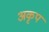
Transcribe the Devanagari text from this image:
अकृप